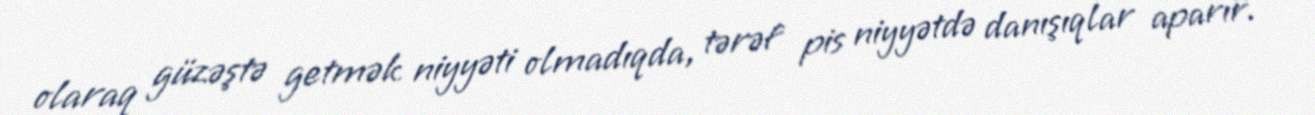
olaraq güzəştə getmək niyyəti olmadıqda, tərəf pis niyyətdə danışıqlar aparır.